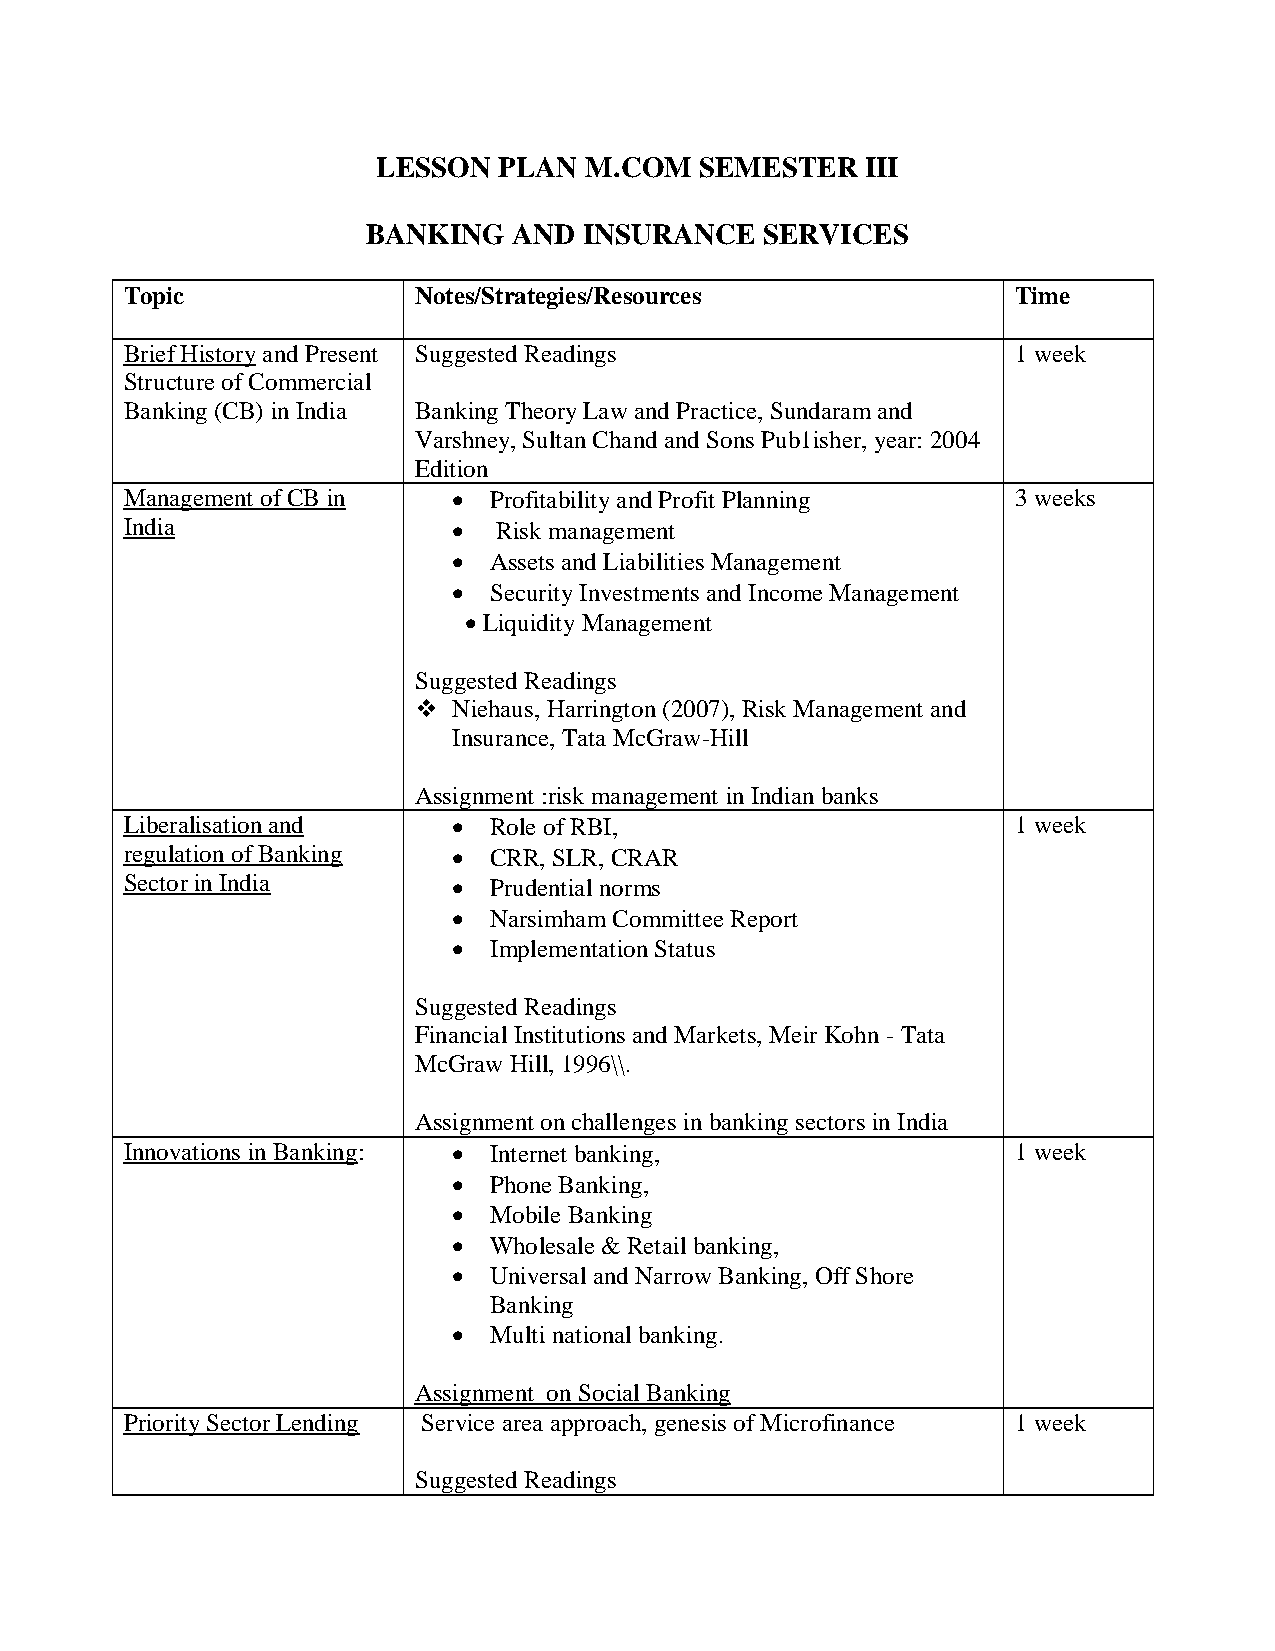
LESSON  PLAN  M.COM  SEMESTER   III
 BANKING   AND  INSURANCE   SERVICES
 Topic              Notes/Strategies/Resources              Time
 Brief History and Present Suggested Readings               1 week
 Structure of Commercial
 Banking (CB) in India Banking Theory Law and Practice, Sundaram and
 Varshney, Sultan Chand and Sons Pub1isher, year: 2004
 Edition
 Management of CB in    Profitability and Profit Planning  3 weeks
 India                   Risk management
  Assets and Liabilities Management
  Security Investments and Income Management
  Liquidity Management
 Suggested Readings
   Niehaus, Harrington (2007), Risk Management and
 Insurance, Tata McGraw-Hill
 Assignment :risk management in Indian banks
 Liberalisation and     Role of RBI,                       1 week
 regulation of Banking  CRR, SLR, CRAR
 Sector in India        Prudential norms
  Narsimham Committee Report
  Implementation Status
 Suggested Readings
 Financial Institutions and Markets, Meir Kohn - Tata
 McGraw Hill, 1996\\.
 Assignment on challenges in banking sectors in India
 Innovations in Banking:  Internet banking,                1 week
  Phone Banking,
  Mobile Banking
  Wholesale & Retail banking,
  Universal and Narrow Banking, Off Shore
 Banking
  Multi national banking.
 Assignment on Social Banking
 Priority Sector Lending Service area approach, genesis of Microfinance 1 week
 Suggested Readings